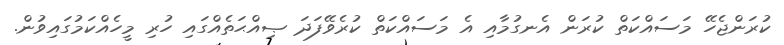
ކުރަންޖެހޭ މަސައްކަތް ކުރަން އެނގުމާއި އެ މަސައްކަތް ކުރެވޭފަދަ ޞިއްޙަތެއްގައި ހުރި މީހެއްކަމުގައިވުން.